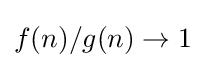
f(n)/g(n)\rightarrow 1